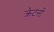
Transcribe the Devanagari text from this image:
क्रेटनों